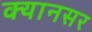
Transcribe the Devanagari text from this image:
क्यानसर